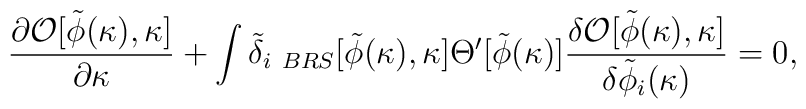
{\partial{\cal O}[\tilde\phi(\kappa),\kappa]\over{\partial\kappa}}+\int \tilde\delta_{i\ BRS}[\tilde\phi(\kappa),\kappa]\Theta^\prime[\tilde\phi(\kappa)]{\delta{\cal O}[\tilde\phi(\kappa),\kappa]\over{\delta\tilde\phi_i(\kappa)}}=0,